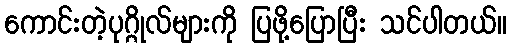
ကောင်းတဲ့ပုဂ္ဂိုလ်များကို ပြဖို့ပြောပြီး သင်ပါတယ်။